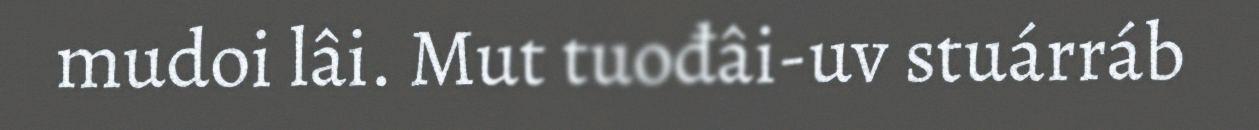
mudoi lâi. Mut tuođâi-uv stuárráb